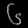
Digit: ၆